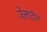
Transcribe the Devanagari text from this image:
जेलाटीन